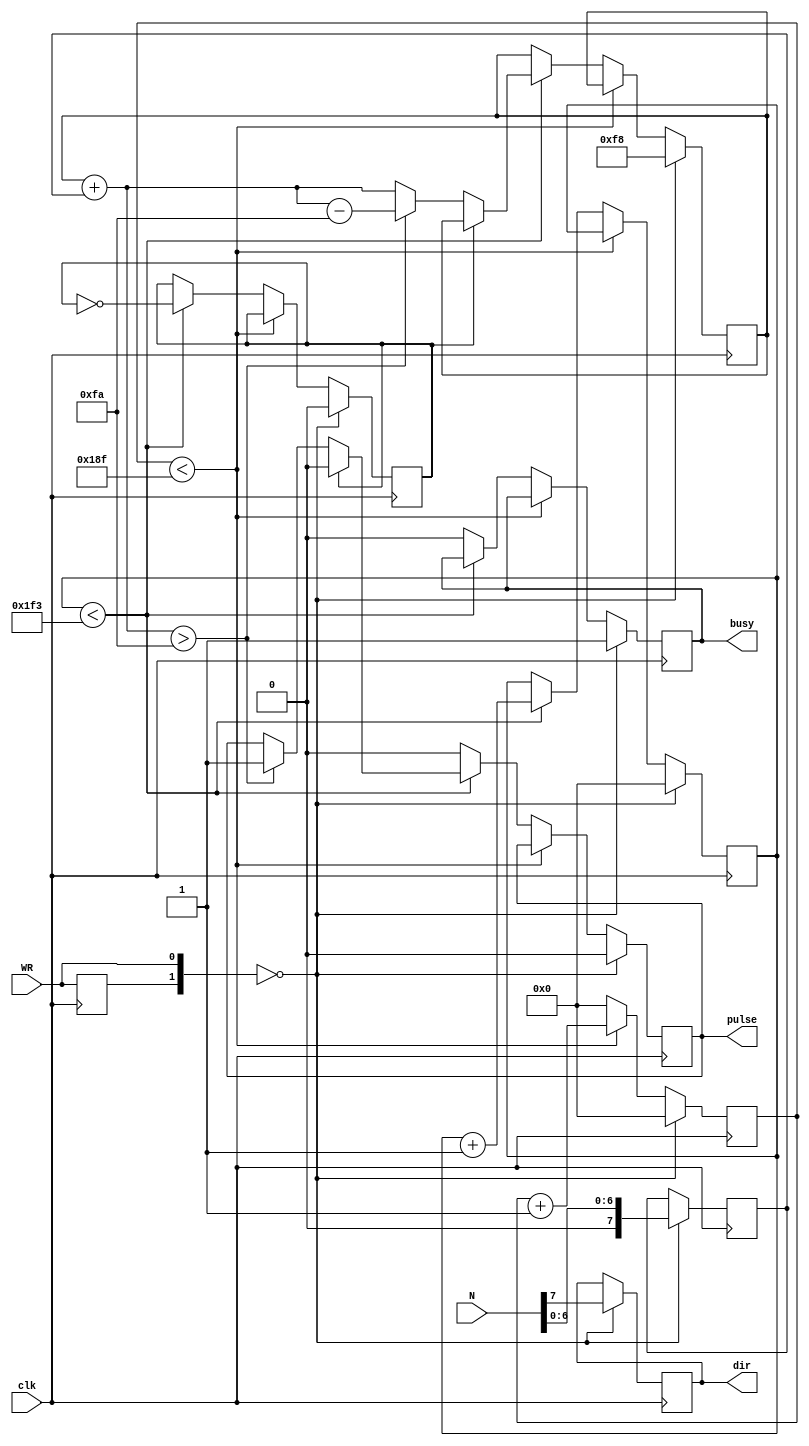
module test(N, WR, clk, pulse, dir, busy);

input [7:0] N;
input WR;
input clk;

output reg pulse;
output reg dir;
output reg busy;
// phan anh khai
parameter Nmax  = 250;	// chu ky dieu khien 1ms, xung 40us -> Nmax = 250

reg [7:0] Ntemp = 8'b0;
reg [8:0] acc = Nmax;

reg [8:0] clk_cnt = 0;
reg [8:0] clk_20cnt = 0;
reg clk20u = 0;
reg pre_WR = 0;

initial begin
pulse = 0;
Ntemp = 0;
clk_cnt = 0;
clk_20cnt = 0;
clk20u = 0;
pre_WR = 0;
busy = 0;
end

always @(posedge clk)  begin	
  	if ({pre_WR,WR} == 2'b00) // neu co xung WR nap gia tri moi
		begin				
			Ntemp = N[6:0];
			dir = N[7];
			clk_cnt = 0;
			clk_20cnt = 0;
			clk20u = 0;		
			acc = Nmax - 2;
			pulse = 0;
			busy = 1;
		end		
	else 
		begin
			if (clk_cnt < 399)//update every 1/20M = 50ns x 400 = 20us = chieu dai xung duong / chu ki xung
				clk_cnt = clk_cnt + 1;
			else 
				begin 
					clk_cnt = 0;
					if (clk_20cnt < 499)// 20us x 500 = 10ms
						begin 
							clk_20cnt = clk_20cnt + 1;
							clk20u = !clk20u;
							if (clk20u) 
								begin
									acc = acc + Ntemp;
									if (acc > Nmax) 
										begin
											acc = acc - Nmax;
											pulse = 1;
										end		
								end
							else 
								pulse = 0;
						end
					else
						begin
							busy  = 0;
							pulse = 0;
						end
				end
		end
	pre_WR <= WR;
end				
endmodule